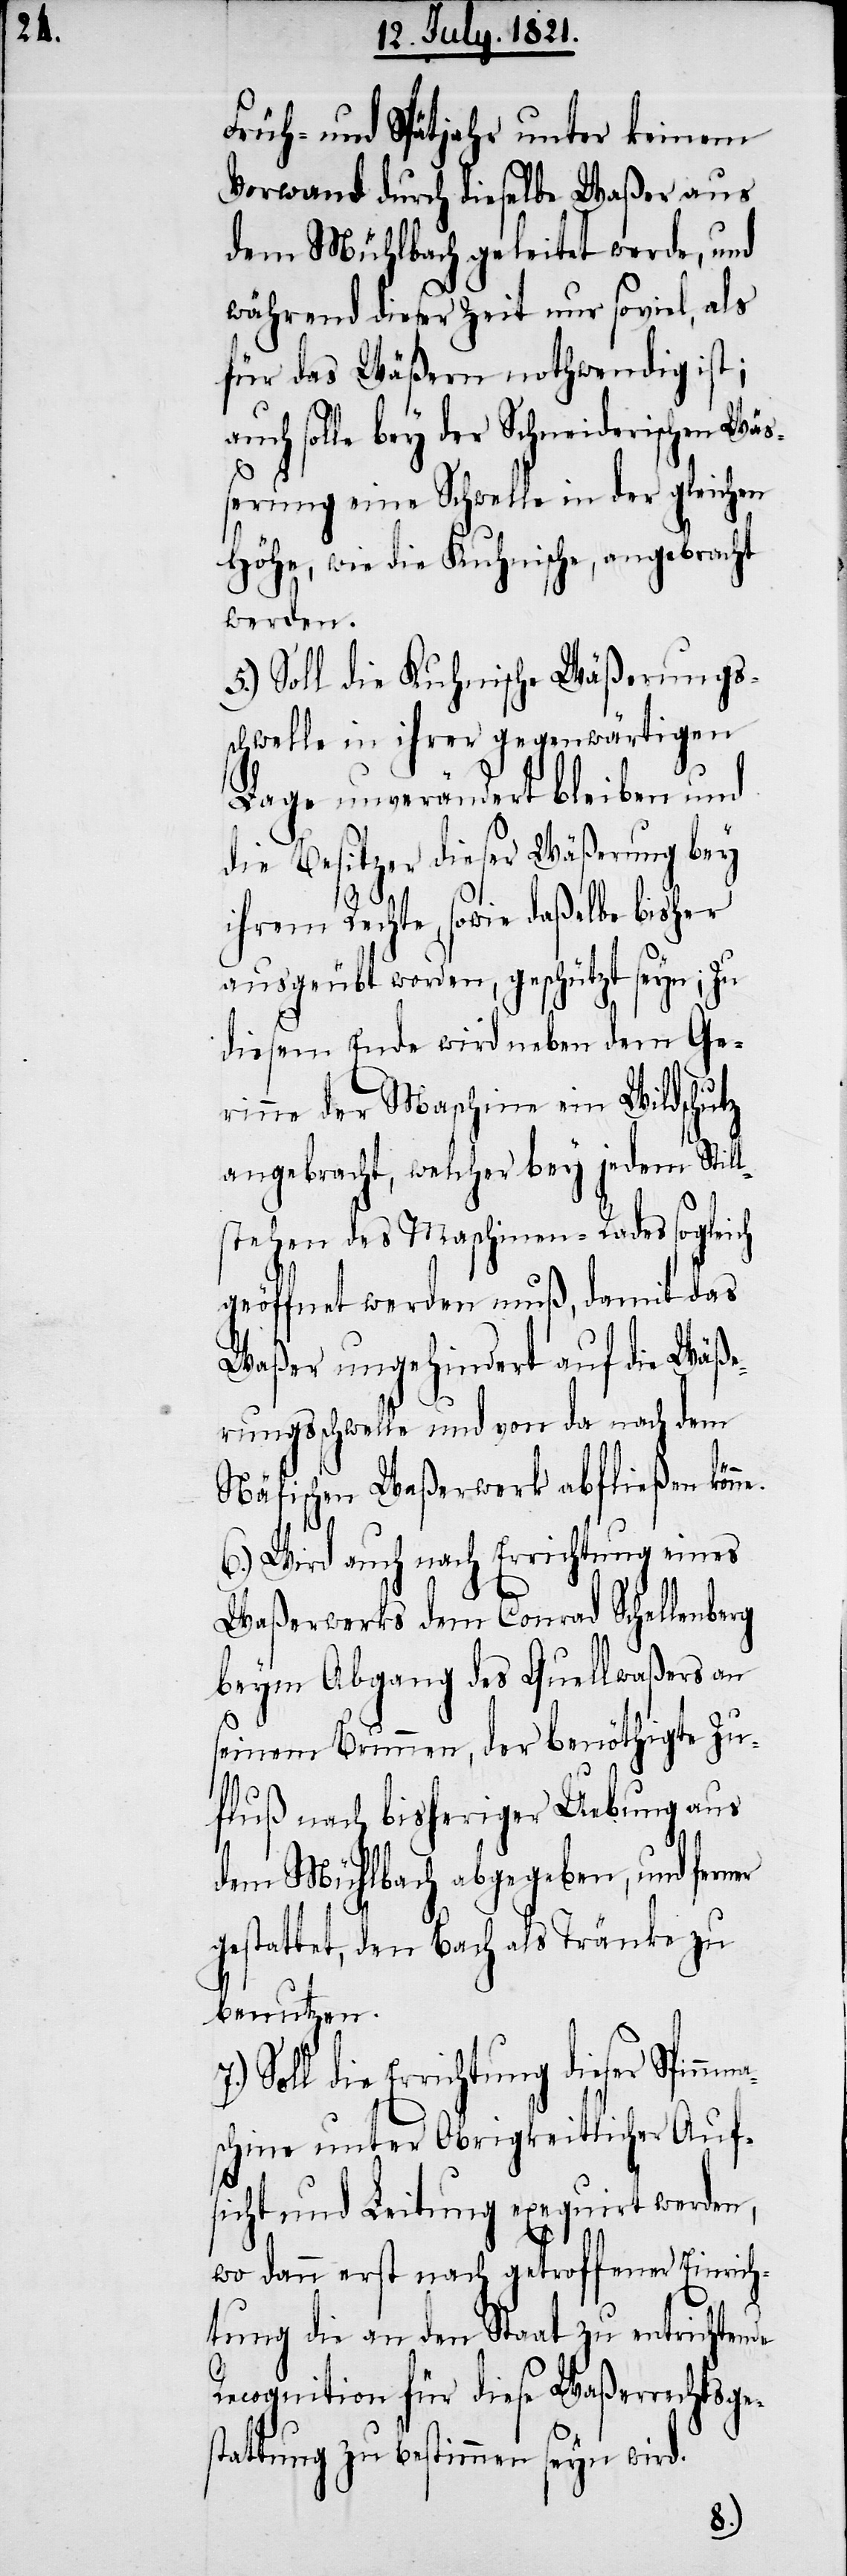
Früh- und Spätjahr unter keinem
Vorwand durch dieselbe Waßer aus
dem Mühlebach geleitet werde, und
während dieser Zeit nur soviel, als
für das Wäßern nothwendig ist;
uch solle bey der Schneiderischen Wäß¬
erung eine Schwelle in der gleichen
Höhe, wie die Kuhnische, angebracht
werden.
5.) Soll die Kuhnische Wäßerungs¬
chwelle in ihrer gegenwärtigen
Lage unverändert bleiben und
die Besitzer dieser Wäßerung bey
ihrem Rechte, sowie daßelbe bisher
ausgeübt worden, geschützt seyn; zu
diesem Ende wird neben dem Ge¬
rinne der Maschine ein Wildschutz
angebracht, welcher bey jedem Stil¬
stehen des Maschinen-Rades sogleich
geöffnet werden muß, damit das
Waßer ungehindert auf die Wäße¬
rungsschwelle und von da nach dem
Näfischen Waßerwerk abfließen könn¬
6.) Wird auch nach Errichtung eines
Waßerwerks dem Conrad Schellenberg
beym Abgang des Quellwaßers an
seinem Brunnen, der benöthigte Zu¬
fluß nach bisheriger Uebung aus
dem Mühlebach abgegeben, und ferner
gestattet, den Bach als Tränke zu
benutzen.
die Errichtung dieser Spinn¬
schine unter Obrigkeitlicher Auf¬
sicht und Leitung exequirt werden,
ma¬
wo dann erst nach getroffener Einrich¬
tung die an den Staat zu entrichtende
Recognition für diese Waßerrechtsge¬
stattung zu bestimmen seyn wird.